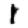
Digit: 1